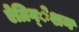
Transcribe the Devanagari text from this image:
ऐग्रिग्‌ेशन